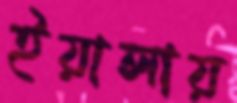
ইয়ালায়